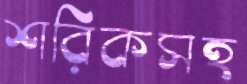
শরিকসহ